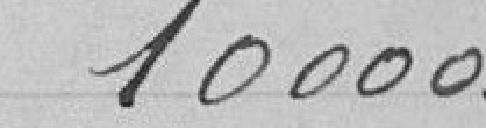
10.000